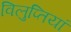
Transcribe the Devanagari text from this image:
विलुप्तियां